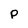
Character: p